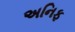
અનિફ